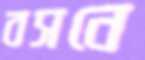
বসনে